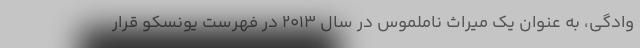
وادگی، به عنوان یک میراث ناملموس در سال 2013 در فهرست یونسکو قرار